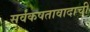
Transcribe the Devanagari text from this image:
सर्वंकषतावादाची